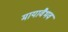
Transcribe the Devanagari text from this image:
मायावैभव